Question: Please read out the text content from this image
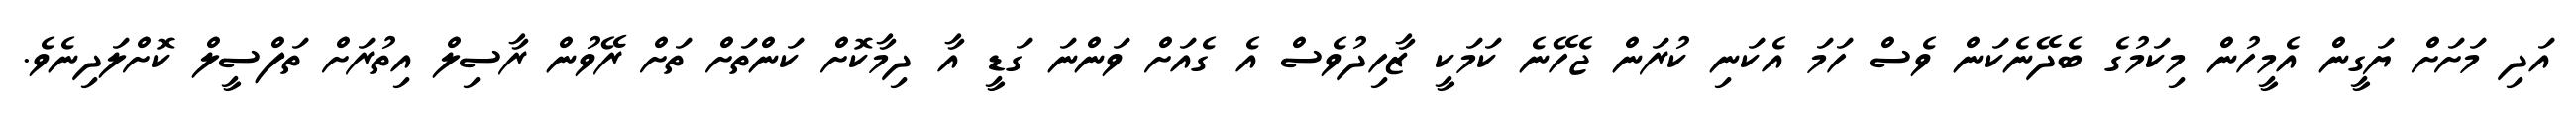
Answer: އަދި މަށަށް ޔަގީން އެމީހުން މިކަމުގެ ބެދޭނެކަން ވެސް ހަމަ އެކަނި ކުރަން ޖެހޭނެ ކަމަކީ ޒާހިދުވެސް އެ ގެއަށް ވަންނަ ގަޑީ އާ ދިމާކޮށް ކަންތަށް ތަށް ރޭވުން ރާސިލް އިތުރަށް ތަފްސީލް ކޮށްލަދިނެވެ.